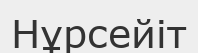
Нұрсейіт